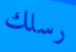
رسلك